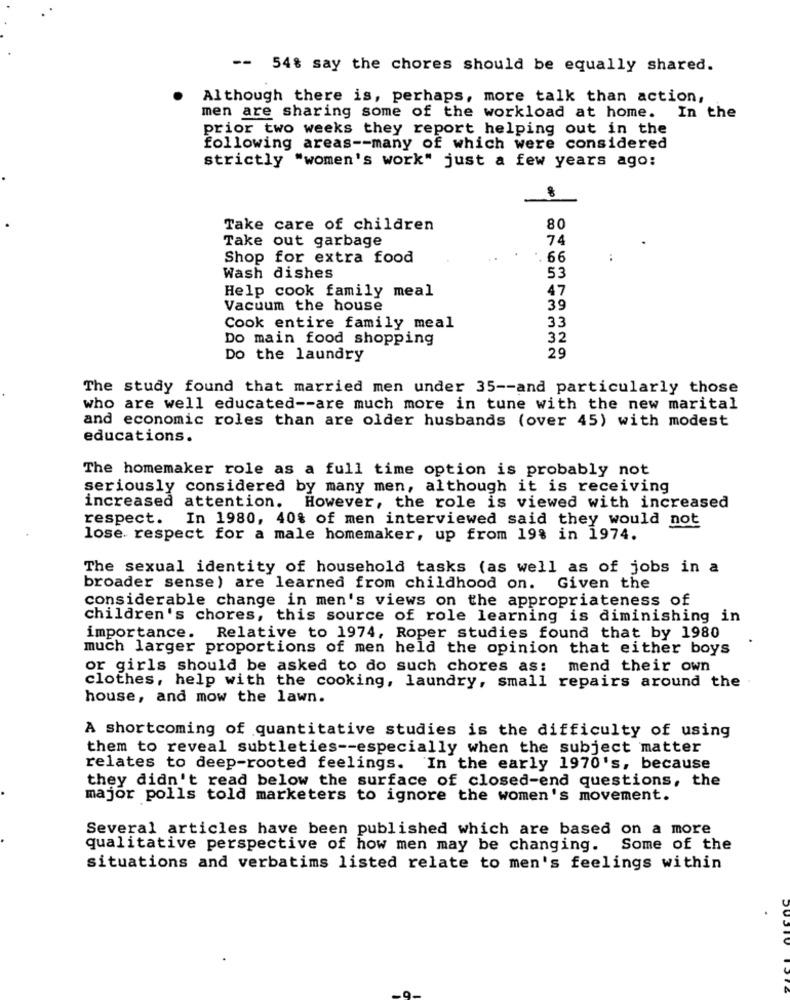
-- 54% say the chores should be equally shared.
Although there is, perhaps, more talk than action,
men are sharing some of the workload at home. In the
prior two weeks they report helping out in the
following areas -- many of which were considered
strictly "women's work" just a few years ago:
Take care of children
80
Take out garbage
74
Shop for extra food
.. 66
Wash dishes
53
Help cook family meal
47
Vacuum the house
39
33
Cook entire family meal
Do main food shopping
32
Do the laundry
29
The study found that married men under 35 -- and particularly those
who are well educated -- are much more in tune with the new marital
and economic roles than are older husbands (over 45) with modest
educations.
The homemaker role as a full time option is probably not
seriously considered by many men, although it is receiving
increased attention. However, the role is viewed with increased
respect.
In 1980, 40% of men interviewed said they would not
lose respect for a male homemaker, up from 198 in 1974.
The sexual identity of household tasks (as well as of jobs in a
broader sense ) are learned from childhood on. Given the
considerable change in men's views on the appropriateness of
children's chores, this source of role learning is diminishing in
importance. Relative to 1974, Roper studies found that by 1980
much larger proportions of men held the opinion that either boys
or girls should be asked to do such chores as: mend their own
clothes, help with the cooking, laundry, small repairs around the
house, and mow the lawn.
A shortcoming of quantitative studies is the difficulty of using
them to reveal subtleties -- especially when the subject matter
relates to deep-rooted feelings. In the early 1970's, because
they didn't read below the surface of closed-end questions, the
major polls told marketers to ignore the women's movement.
Several articles have been published which are based on a more
qualitative perspective of how men may be changing.
Some of the
situations and verbatims listed relate to men's feelings within